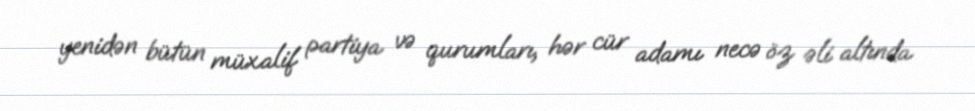
yenidən bütün müxalif partiya və qurumları, hər cür adamı necə öz əli altında